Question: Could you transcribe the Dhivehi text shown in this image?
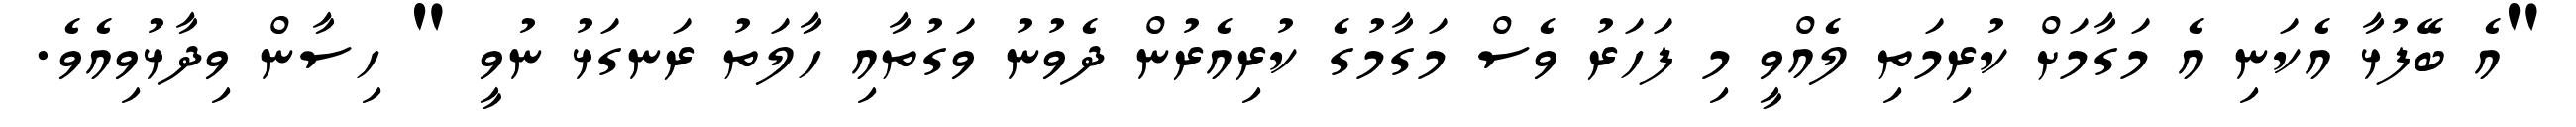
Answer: "އެ ބޭފުޅާ އެކަނި އެ މަގާމަށް ކުރިމަތި ލެއްވީ މި ފަހަރު ވެސް މަގާމުގެ ކުރިއެރުން ދެވުނު ވަގުތާއި ހާލަތު ރަނގަޅު ނުވީ " ހިސާން ވިދާޅުވިއެވެ.